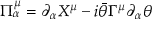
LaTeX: \Pi _ { \alpha } ^ { \mu } = \partial _ { \alpha } X ^ { \mu } - i \bar { \theta } \Gamma ^ { \mu } \partial _ { \alpha } \theta